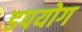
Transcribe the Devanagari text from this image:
डपयोग